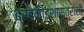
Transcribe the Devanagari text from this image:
ब्रह्मांडशास्त्राशी